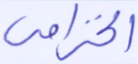
الخزامى